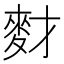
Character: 䴭